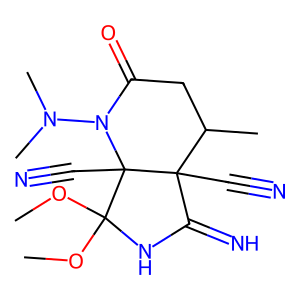
SMILES: COC1(OC)NC(=N)C2(C#N)C(C)CC(=O)N(N(C)C)C12C#N
Inhibits HIV replication: No